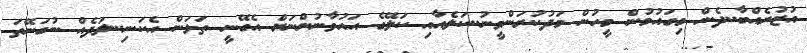
އުޒުރެއްބާ..ދެން މިގައުމުން މީހުން މަދުކުރަންވީނު..ކަލެއާއި ކަލޭގެ އައުވާނުންނަށް އެގޭނީ ތަޅަން އެކަނި..ލަދެއް ނުގަނޭތަ